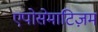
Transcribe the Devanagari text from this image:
एपोसेमाटिज़म